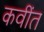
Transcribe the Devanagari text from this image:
कवींत